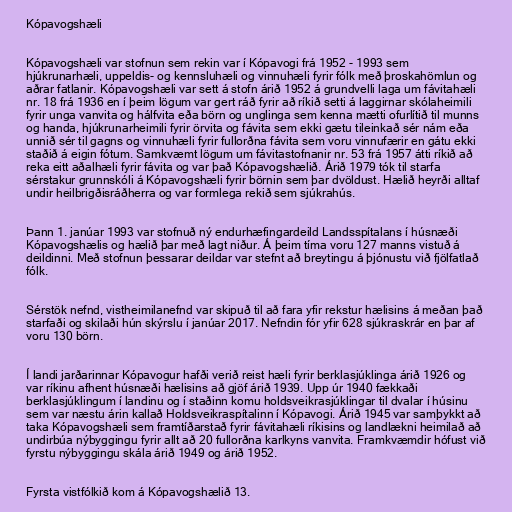
Kópavogshæli

Kópavogshæli var stofnun sem rekin var í Kópavogi frá 1952 - 1993 sem
hjúkrunarhæli, uppeldis- og kennsluhæli og vinnuhæli fyrir fólk með þroskahömlun og
aðrar fatlanir. Kópavogshæli var sett á stofn árið 1952 á grundvelli laga um fávitahæli
nr. 18 frá 1936 en í þeim lögum var gert ráð fyrir að ríkið setti á laggirnar skólaheimili
fyrir unga vanvita og hálfvita eða börn og unglinga sem kenna mætti ofurlítið til munns
og handa, hjúkrunarheimili fyrir örvita og fávita sem ekki gætu tileinkað sér nám eða
unnið sér til gagns og vinnuhæli fyrir fullorðna fávita sem voru vinnufærir en gátu ekki
staðið á eigin fótum. Samkvæmt lögum um fávitastofnanir nr. 53 frá 1957 átti ríkið að
reka eitt aðalhæli fyrir fávita og var það Kópavogshælið. Árið 1979 tók til starfa
sérstakur grunnskóli á Kópavogshæli fyrir börnin sem þar dvöldust. Hælið heyrði alltaf
undir heilbrigðisráðherra og var formlega rekið sem sjúkrahús.

Þann 1. janúar 1993 var stofnuð ný endurhæfingardeild Landsspítalans í húsnæði
Kópavogshælis og hælið þar með lagt niður. Á þeim tíma voru 127 manns vistuð á
deildinni. Með stofnun þessarar deildar var stefnt að breytingu á þjónustu við fjölfatlað
fólk.

Sérstök nefnd, vistheimilanefnd var skipuð til að fara yfir rekstur hælisins á meðan það
starfaði og skilaði hún skýrslu í janúar 2017. Nefndin fór yfir 628 sjúkraskrár en þar af
voru 130 börn.

Í landi jarðarinnar Kópavogur hafði verið reist hæli fyrir berklasjúklinga árið 1926 og
var ríkinu afhent húsnæði hælisins að gjöf árið 1939. Upp úr 1940 fækkaði
berklasjúklingum í landinu og í staðinn komu holdsveikrasjúklingar til dvalar í húsinu
sem var næstu árin kallað Holdsveikraspítalinn í Kópavogi. Árið 1945 var samþykkt að
taka Kópavogshæli sem framtíðarstað fyrir fávitahæli ríkisins og landlækni heimilað að
undirbúa nýbyggingu fyrir allt að 20 fullorðna karlkyns vanvita. Framkvæmdir hófust við
fyrstu nýbyggingu skála árið 1949 og árið 1952.

Fyrsta vistfólkið kom á Kópavogshælið 13.